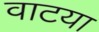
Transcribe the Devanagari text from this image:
वाटया